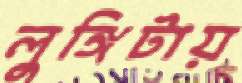
লুঙ্গিটায়